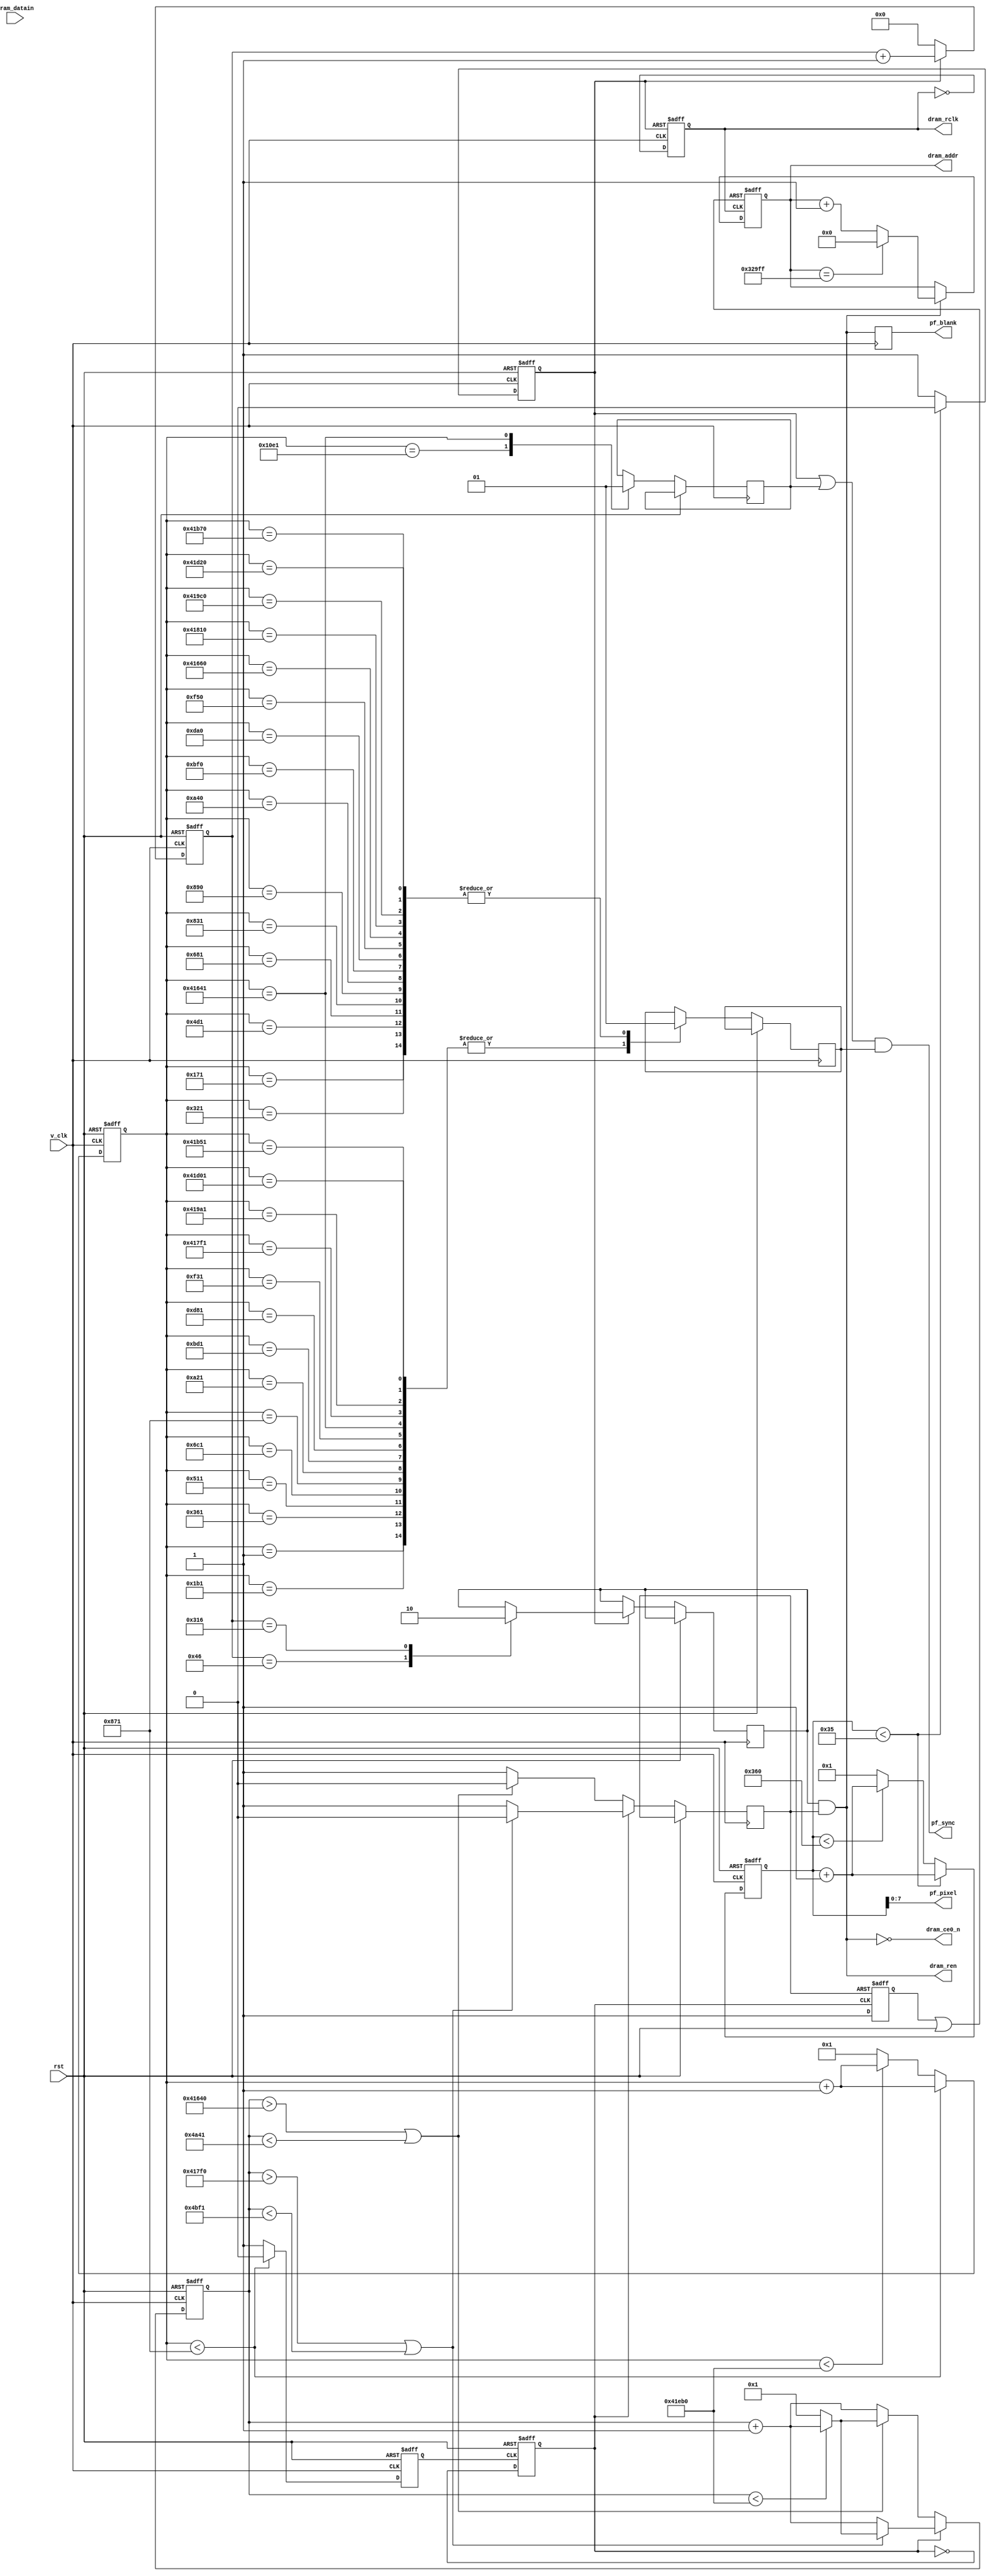
// synopsys translate_off
`timescale 1 ns / 1 ns
// synopsys translate_on
module display_pal (      
						v_clk,
						rst,
						dram_datain, 
						dram_addr,
						dram_rclk,
						dram_ce0_n,
						dram_ren,
						pf_blank,pf_sync,pf_pixel        // pf_blank
				    );              
	
	input 			v_clk;  
	input 			rst;
	input  [15:0] 	dram_datain;	 
    output [18:0] 	dram_addr; 
	output 			dram_rclk;   
    output 			dram_ce0_n;
    output 			dram_ren;
    output 			pf_blank,pf_sync;	
	output [7:0 ] 	pf_pixel;
	
	parameter       us_273=368;		 //27.3us*7.375m=201337.5;
	parameter       us_320=432;		 //4.7us*7.375m=34662.5;
	parameter       us_23=31;          //2.3us
	parameter       ms_20=270000;      //20ms
	
	reg	    [18:0]  dram_addr;
	reg 	  		dram_rclk;
	wire 			dram_ce0_n;
	wire 			dram_ren;
	reg     		wrst;
	wire      		drst;	
	reg    			dac_hsync,dac_vsync;	
	reg    	[9:0 ]  clk_10m_cnt;
	reg   	[19:0] 	dac_vsync_cnt;
	reg   			h_blank,v_blank;
	reg   			pf_blank;
	reg   			field;
		
	reg  	[15:0] 	h_sync_counter;
	reg   	[23:0]	v_blank_cnt;
	reg     sync_temp1,sync_flag;

	assign pf_sync=(dac_hsync || sync_flag) && sync_temp1; 

	always @(negedge v_clk)    
		pf_blank <= (h_blank && v_blank);

	/*************************************/
	 
	//
	always @(posedge v_clk or posedge rst) //v_clk = 13.5mhz
		begin
		if(rst)
		begin
			clk_10m_cnt<=10'd1;
			dac_hsync<=1;
		end 		  
		else if(clk_10m_cnt < 53)
		begin
			dac_hsync <=0;
			clk_10m_cnt <=clk_10m_cnt + 10'd1;			  
		end
		else 
		begin
			dac_hsync<=1;			 
			clk_10m_cnt <= (clk_10m_cnt<864) ? (clk_10m_cnt+1'b1) : 10'd1;			    
		end	    	
	end


	//	  
	always @(posedge v_clk or posedge rst)
	begin
		if(rst)
		begin
			dac_vsync_cnt<=20'd1;
			dac_vsync<=0;
		end
		else
		begin
			if(dac_vsync_cnt<20'd2161)		//1601
			begin
				dac_vsync<=0;
				dac_vsync_cnt<=dac_vsync_cnt+1'd1;			 
			end
			else	
			begin
				dac_vsync<=1;
				dac_vsync_cnt<=dac_vsync_cnt<270000?(dac_vsync_cnt+1'b1):20'd1;			
			end
	
			case(dac_vsync_cnt)
				1:                 sync_temp1<=0;       //1
				us_273+1:          sync_temp1<=1;       //369   (1)
				us_320+1:          sync_temp1<=0;       //433
				us_320+us_273+1:   sync_temp1<=1;//801
				us_320*2+1:        sync_temp1<=0;       //865   (2)
				us_320*2+us_273+1: sync_temp1<=1;       //1233
				us_320*3+1:        sync_temp1<=0;       //1297   (3)
				us_320*3+us_273+1: sync_temp1<=1;       //1665
				us_320*4+1:        sync_temp1<=0;       //1729    (4)
				us_320*4+us_273+1: sync_temp1<=1;       //2097
														
				us_320*5+1:        sync_temp1<=0;       //2161    (5)
				us_320*5+us_23+1:  sync_temp1<=1;       //2192    (1)
				us_320*6+1:        sync_temp1<=0;       //2593      
				us_320*6+us_23+1:  sync_temp1<=1;       //2624    (2)
				us_320*7+1:        sync_temp1<=0;       //3025     
				us_320*7+us_23+1:  sync_temp1<=1;       //3056    (3)
				us_320*8+1:        sync_temp1<=0;       //3457      
				us_320*8+us_23+1:  sync_temp1<=1;       //3488    (4)
				us_320*9+1:        sync_temp1<=0;       //3889      
				us_320*9+us_23+1:  sync_temp1<=1;       //3920    (5)
				us_320*10+1:       sync_flag <=0 ;       //4321   							
				//
				ms_20-us_320*5+1: //267841
				begin
					sync_temp1<=0;
					sync_flag<=1;
				end
				ms_20-us_320*5+us_23+1: sync_temp1<=1; //267872  (1)
				ms_20-us_320*4+1:       sync_temp1<=0; //268273
				ms_20-us_320*4+us_23+1: sync_temp1<=1; //268304  (2)
				ms_20-us_320*3+1:       sync_temp1<=0; //268705
				ms_20-us_320*3+us_23+1: sync_temp1<=1; //268736  (3)
				ms_20-us_320*2+1:       sync_temp1<=0; //269137 
				ms_20-us_320*2+us_23+1: sync_temp1<=1; //269168  (4)
				ms_20-us_320*1+1:       sync_temp1<=0; //269569
				ms_20-us_320*1+us_23+1: sync_temp1<=1; //269600   (5)			
			endcase 
		end
	end  

	//
	always @(negedge dac_vsync or posedge rst)	
	begin 
		if(rst) field<=0;
		else  field<=~field;
	 end

	//
	always @(posedge v_clk or posedge rst) 
	begin
		if(rst) 
			v_blank_cnt<=24'd1;
		else
		begin
			if(!field)  //if(!field)20070611
			begin       //
				if(v_blank_cnt>24'd267840 || v_blank_cnt<24'd19009)	 //198400  14401
				begin
					v_blank_cnt<=v_blank_cnt<270000?(v_blank_cnt+1'b1):24'd1;
					v_blank<=0;
				end
				else
				begin
					v_blank<=1;		  
					v_blank_cnt<=v_blank_cnt+1'b1;
				end
			end
			else 
			begin       //
				if(v_blank_cnt>24'd268272 || v_blank_cnt<24'd19441)	 //198400  14401
				begin
					v_blank_cnt<=v_blank_cnt<270000?(v_blank_cnt+1'b1):24'd1;
					v_blank<=0;
				end
				else
				begin
					v_blank<=1;		  
					v_blank_cnt<=v_blank_cnt+1'b1;
				end
			end
		end      
	end	  

	 //
	always@(posedge v_clk  or posedge rst)//hrst)
	begin
		if(rst)//if(hrst)
			h_sync_counter<=16'd0;
		else if(!dac_hsync)
			h_sync_counter<=16'd0;
		else
		begin
			h_sync_counter<=h_sync_counter+1'b1;
			case(h_sync_counter)
				70:	 h_blank<=1;//us_58:	h_blank<=1; //60:	h_blank<=1;
				790: h_blank<=0;//us_640-us_15-us_47:	h_blank<=0;//780:	h_blank<=0;
				default: ;  
			endcase
		end
	end 

    //operate dpram
	//	assign 			dram_ads_n = 0; //////////////////////////////////////////////////////
	//	assign          dram_cnten_n = 1;
	//	assign          dram_rpt_n = 1;
	//	assign          dram_pl = 1;
	//	assign          dram_be0_n = 0;//~(h_blank && v_blank);
	//	assign          dram_be1_n = 0;//~(h_blank && v_blank);
	//	assign          dram_be2_n = 1;
	//	assign          dram_be3_n = 1;
		assign 			dram_ce0_n = ~(h_blank && v_blank);
	//	assign    		dram_ce1 = 1;//(h_blank && v_blank);
		assign 			dram_ren = (h_blank && v_blank);
	//	assign 			dram_oe_n = 0; //~(h_blank && v_blank);

	always @(negedge dac_hsync or posedge v_clk)
	begin
		if (!dac_hsync)
			dram_rclk <= 1;
		else
			dram_rclk <= ~dram_rclk;    //6.75mhz
	end
	
	//dram_addr[18:0]
	always @(negedge field or posedge v_blank)  //vb_delay
	begin	
		if (v_blank) 
			wrst <= 0;
		else 
			wrst <= 1;
	end		
	
	assign drst = wrst || rst;
	
	always @(posedge drst or posedge dram_rclk)//or posedge dram_ce //negedge dram_rclk20070611
	begin
		if (drst) 
			dram_addr <= 19'd0;
		else
		begin
			if (!dram_ce0_n)
			begin
				if(dram_addr == 19'h329ff)
					dram_addr <= 19'd0;
				else
					dram_addr <= dram_addr + 1'b1;
			end		
			else
				dram_addr <= dram_addr;
		end		
    end		  
	
	//
	//always @(posedge dram_ce0_n or negedge v_clk)
	//always @(negedge v_clk)
	//if (dram_ce0_n) pf_pixel  <= pf_pixel;
	//else if (dram_rclk) pf_pixel[7:0] <= dram_datain[7:0];
	//	 else pf_pixel[7:0] <= dram_datain[15:8];

	assign	pf_pixel	=	clk_10m_cnt[7:0]	;

endmodule